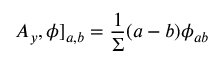
A _ { y } , \phi ] _ { a , b } = \frac { 1 } { \Sigma } ( a - b ) \phi _ { a b }